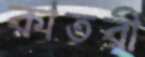
কাতরী